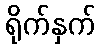
ရိုက်နှက်